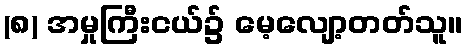
(၈) အမှုကြီးငယ်၌ မေ့လျော့တတ်သူ။